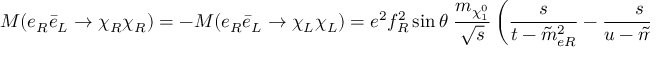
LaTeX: { \cal M } ( e _ { R } \bar { e } _ { L } \to \chi _ { R } \chi _ { R } ) = - { \cal M } ( e _ { R } \bar { e } _ { L } \to \chi _ { L } \chi _ { L } ) = e ^ { 2 } f _ { R } ^ { 2 } \sin \theta \; { \frac { m _ { \chi _ { 1 } ^ { 0 } } } { \sqrt s } } \left( { \frac { s } { t - \tilde { m } _ { e R } ^ { 2 } } } - { \frac { s } { u - \tilde { m } _ { e R } ^ { 2 } } } \right)